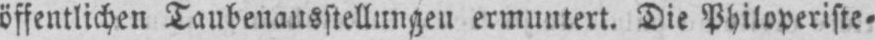
öffentlichen Taubenausstellungen ermuntert. Die Philoperiste⸗